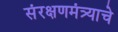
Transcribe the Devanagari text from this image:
संरक्षणमंत्र्याचे